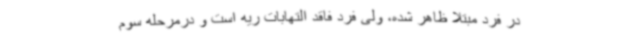
در فرد مبتلا ظاهر شده، ولی فرد فاقد التهابات ریه است و درمرحله سوم